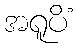
အရူပိံ